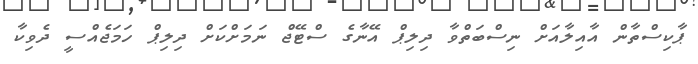
ޕާކިސްތާން އާއިލާއަށް ނިސްބަތްވާ ދިލިޕް އޭނާގެ ސްޓޭޖް ނަމަށްކަށް ދިލިޕް ހަމަޖެއްސީ ދެވިކާ